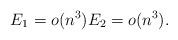
LaTeX: \begin{align*}E_1=o(n^3) E_2=o(n^3).\end{align*}